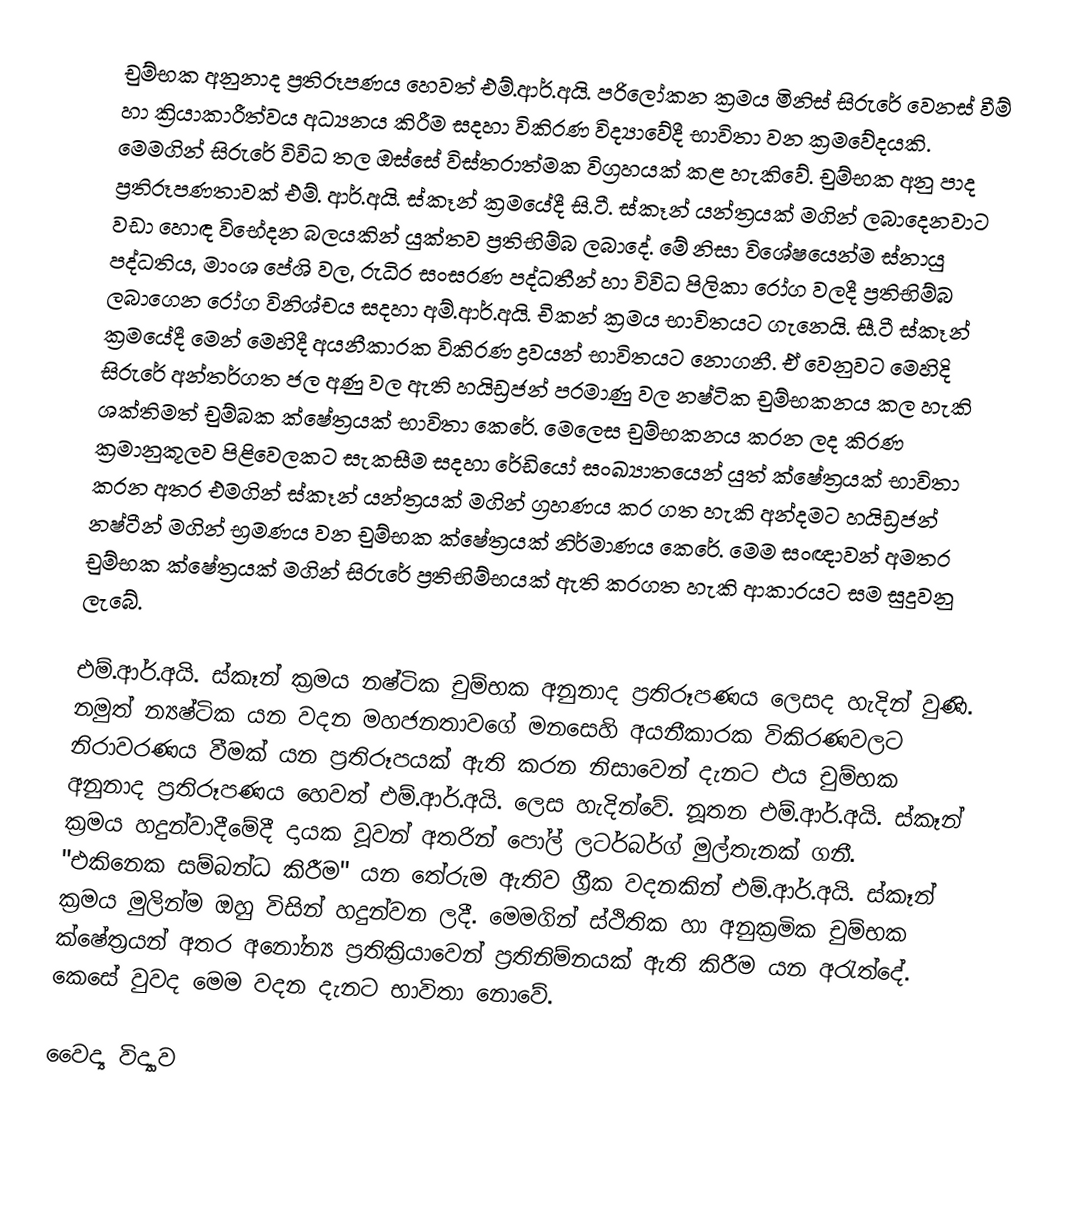
චුම්භක අනුනාද ප්‍රතිරූපණය හෙවත් එම්.ආර්.අයි. පරිලෝකන ක්‍රමය මිනිස් සිරුරේ වෙනස් වීම් හා ක්‍රියාකාරීත්වය අධ්‍යනය කිරීම සදහා විකිරණ විද්‍යාවේදී භාවිතා වන ක්‍රමවේදයකි. මෙමගින් සිරුරේ විවිධ තල ඔස්සේ විස්තරාත්මක විග්‍රහයක් කළ හැකිවේ. චුම්භක අනු පාද ප්‍රතිරූපණතාවක් එම්. ආර්.අයි. ස්කෑන් ක්‍රමයේදී සි.ටී. ස්කෑන් යන්ත්‍රයක් මගින් ලබාදෙනවාට වඩා හොඳ විභේදන බලයකින් යුක්තව ප්‍රතිභිම්බ ලබාදේ. මේ නිසා විශේෂයෙන්ම ස්නායු පද්ධතිය, මාංශ පේශි වල, රුධිර සංසරණ පද්ධතීන් හා විවිධ පිලිකා රෝග වලදී ප්‍රතිභිම්බ ලබාගෙන රෝග විනිශ්චය සදහා අම්.ආර්.අයි. චිකන් ක්‍රමය භාවිතයට ගැනෙයි. සී.ටී ස්කෑන් ක්‍රමයේදී මෙන් මෙහිදී අයනීකාරක විකිරණ ද්‍රවයන් භාවිතයට නොගනී. ඒ වෙනුවට මෙහිදි සිරුරේ අන්තර්ගත ජල අණු වල ඇති හයිඩ්‍රජන් පරමාණු වල නෂ්ටික චුම්භකනය කල හැකි ශක්තිමත් චුම්බක ක්ෂේත්‍රයක් භාවිතා කෙරේ. මෙලෙස චුම්භකනය කරන ලද කිරණ ක්‍රමානුකූලව පිළිවෙලකට සැකසීම සදහා රේඩියෝ සංඛ්‍යාතයෙන් යුත් ක්ෂේත්‍රයක් භාවිතා කරන අතර එමගින් ස්කෑන් යන්ත්‍රයක් මගින් ග්‍රහණය කර ගත හැකි අන්දමට හයිඩ්‍රජන් නෂ්ටීන් මගින් භ්‍රමණය වන චුම්භක ක්ෂේත්‍රයක් නිර්මාණය කෙරේ. මෙම සංඥාවන් අමතර චුම්භක ක්ෂේත්‍රයක් මගින් සිරුරේ ප්‍රතිභිම්භයක් ඇති කරගත හැකි ආකාරයට සම සුදුවනු ලැබේ.

එම්.ආර්.අයි. ස්කෑන් ක්‍රමය නෂ්ටික චුම්භක අනුනාද ප්‍රතිරූපණය ලෙසද හැදින් වුණි. නමුත් න්‍යෂ්ටික යන වදන මහජනතාවගේ මනසෙහි අයනීකාරක විකිරණවලට නිරාවරණය වීමක් යන ප්‍රතිරූපයක් ඇති කරන නිසාවෙන් දැනට එය චුම්භක අනුනාද ප්‍රතිරූපණය හෙවත් එම්.ආර්.අයි. ලෙස හැදින්වේ. නූතන එම්.ආර්.අයි. ස්කෑන් ක්‍රමය හදුන්වාදීමේදී දායක වූවන් අතරින් පෝල් ලටර්බර්ග් මුල්තැනක් ගනී. "එකිනෙක සම්බන්ධ කිරීම" යන තේරුම ඇතිව ග්‍රීක වදනකින් එම්.ආර්.අයි. ස්කෑන් ක්‍රමය මුලින්ම ඔහු විසින් හදුන්වන ලදී. මෙමගින් ස්ථිතික හා අනුක්‍රමික චුම්භක ක්ෂේත්‍රයන් අතර අනෝන්‍ය ප්‍රතික්‍රියාවෙන් ප්‍රතිනිම්නයක් ඇති කිරීම යන අරැත්දේ. කෙසේ වුවද මෙම වදන දැනට භාවිතා නොවේ.

වෛද්‍ය විද්‍යාව